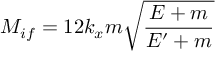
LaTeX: { \cal { M } } _ { i f } = 1 2 k _ { x } m \sqrt { \frac { E + m } { E ^ { \prime } + m } }